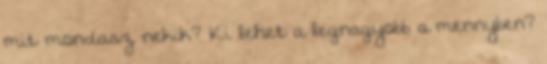
mit mondasz nekik? Ki lehet a legnagyobb a mennyben?